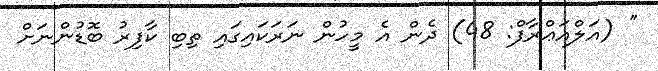
'' (އަލްއަޢްރާފް: 48) ދެން އެ މީހުން ނަރަކައިގައި ތިބި ކާފިރު ބޮޑުންނަށް